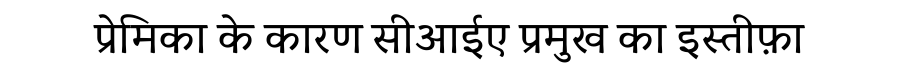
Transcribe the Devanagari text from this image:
प्रेमिका के कारण सीआईए प्रमुख का इस्तीफ़ा